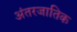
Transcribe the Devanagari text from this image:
अंतरजातिक